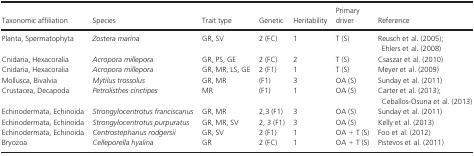
<table><thead><tr><td><b>Taxonomic affiliation</b></td><td><b>Species</b></td><td><b>Trait type</b></td><td><b>Genetic</b></td><td><b>Heritability</b></td><td><b>Primary driver</b></td><td><b>Reference</b></td></tr></thead><tbody><tr><td>Planta, Spermatophyta</td><td><i>Zostera marina</i></td><td>GR, SV</td><td>2 (FC)</td><td>1</td><td>T (S)</td><td>Reusch et al. (2005); Ehlers et al. (2008)</td></tr><tr><td>Cnidaria, Hexacoralia</td><td><i>Acropora millepora</i></td><td>GR, PS, GE</td><td>2 (FC)</td><td>2</td><td>T (S)</td><td>Csaszar et al. (2010)</td></tr><tr><td>Cnidaria, Hexacoralia</td><td><i>Acropora millepora</i></td><td>GR, MR, LS, GE</td><td>2 (F1)</td><td>1</td><td>T (S)</td><td>Meyer et al. (2009)</td></tr><tr><td>Mollusca, Bivalvia</td><td><i>Mytilus trossolus</i></td><td>GR, MR</td><td>(F1)</td><td>3</td><td>OA (S)</td><td>Sunday et al. (2011)</td></tr><tr><td>Crustacea, Decapoda</td><td><i>Petrolisthes cinctipes</i></td><td>MR</td><td>(F1)</td><td>1</td><td>OA (S)</td><td>Carter et al. (2013); Ceballos-Osuna et al. (2013)</td></tr><tr><td>Echinodermata, Echinoida</td><td><i>Strongylocentrotus franciscanus</i></td><td>GR, MR</td><td>2,3 (F1)</td><td>3</td><td>OA (S)</td><td>Sunday et al. (2011)</td></tr><tr><td>Echinodermata, Echinoida</td><td><i>Strongylocentrotus purpuratus</i></td><td>GR, MR, SV</td><td>2, 3 (F1)</td><td>3</td><td>OA (S)</td><td>Kelly et al. (2013)</td></tr><tr><td>Echinodermata, Echinoida</td><td><i>Centrostephanus rodgersii</i></td><td>GR, SV</td><td>2 (F1)</td><td>1</td><td>OA + T (S)</td><td>Foo et al. (2012)</td></tr><tr><td>Bryozoa</td><td><i>Celleporella hyalina</i></td><td>GR</td><td>2 (FC)</td><td>1</td><td>OA + T (S)</td><td>Pistevos et al. (2011)</td></tr></tbody></table>